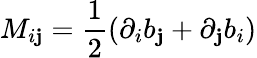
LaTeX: M_{i\mathbf{j}}=\frac{{1}}{{2}}(\partial_{i}b_{\mathbf{j}}+\partial_{\mathbf{j}}b_{i})